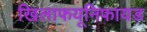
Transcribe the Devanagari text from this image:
खिलाफयूनिफायड